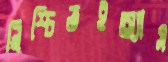
নিশ্চিতইঅ্যাস